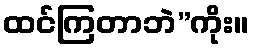
ထင်ကြတာဘဲ”ကိုး။